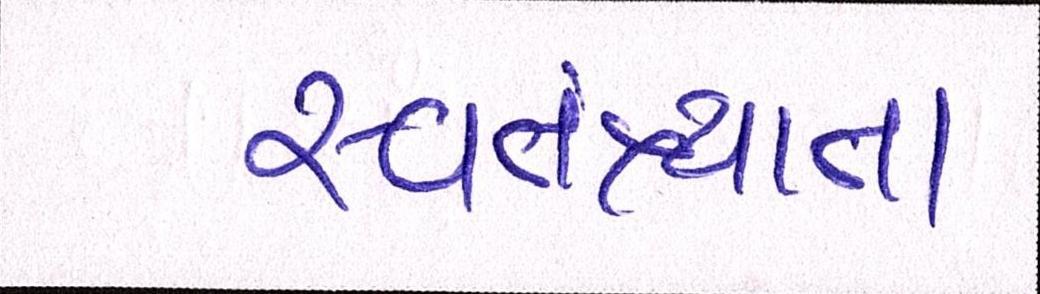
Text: સ્વતંત્ર્યતા